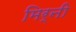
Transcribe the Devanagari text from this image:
मिर्नी